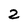
Character: 2